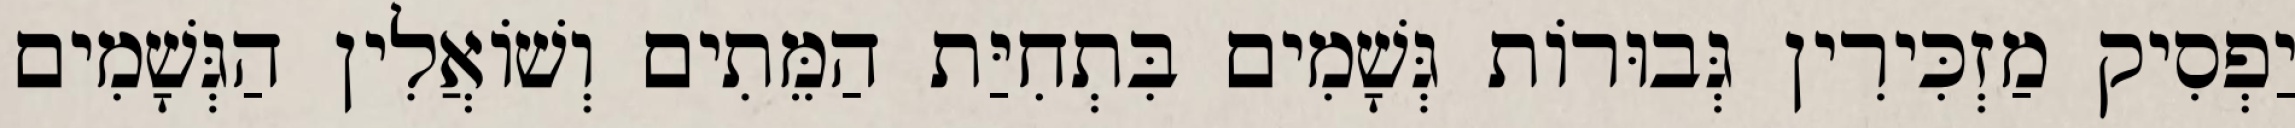
יַפְסִיק מַזְכִּירִין גְּבוּרוֹת גְּשָׁמִים בִּתְחִיַּת הַמֵּתִים וְשׁוֹאֲלִין הַגְּשָׁמִים